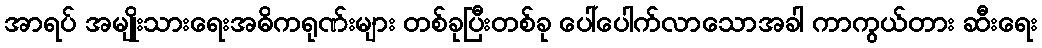
အာရပ် အမျိုးသားရေးအဓိကရုဏ်းများ တစ်ခုပြီးတစ်ခု ပေါ်ပေါက်လာသောအခါ ကာကွယ်တား ဆီးရေး